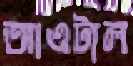
আওটাল